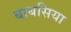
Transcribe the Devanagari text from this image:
बाबसिया